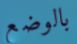
بالوضع